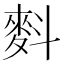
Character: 𪌉